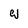
Character: w